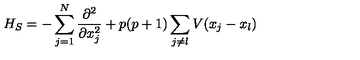
H _ { S } = - \sum _ { j = 1 } ^ { N } { \frac { \partial ^ { 2 } } { \partial x _ { j } ^ { 2 } } } + p ( p + 1 ) \sum _ { j \neq l } V ( x _ { j } - x _ { l } )